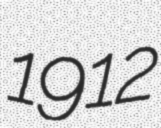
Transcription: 1912